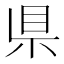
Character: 県